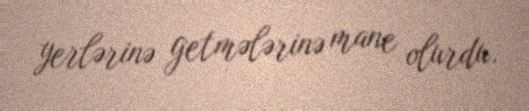
yerlərinə getmələrinə mane olurdu.